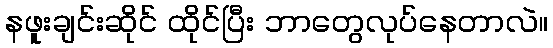
နဖူးချင်းဆိုင် ထိုင်ပြီး ဘာတွေလုပ်နေတာလဲ။